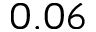
0 . 0 6